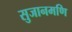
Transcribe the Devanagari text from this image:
सुजानमणि